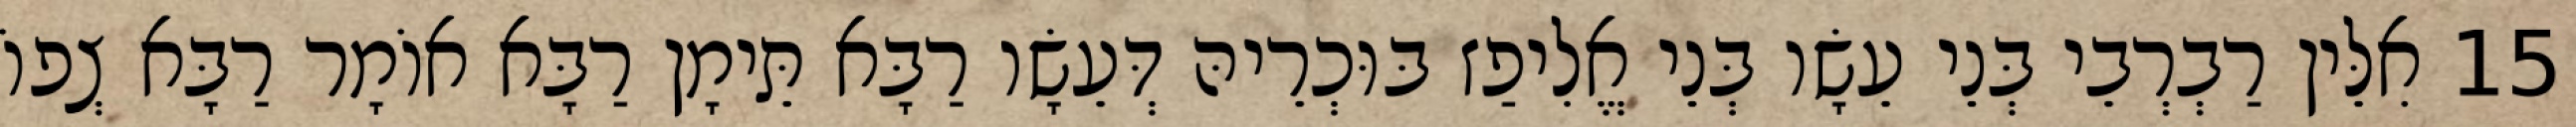
15 אִלֵּין רַבְרְבֵי בְּנֵי עֵשָׂו בְּנֵי אֱלִיפַז בּוּכְרֵיהּ דְּעֵשָׂו רַבָּא תֵּימָן רַבָּא אוֹמָר רַבָּא צְפוֹ